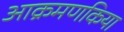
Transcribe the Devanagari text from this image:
आक्रमणकिया